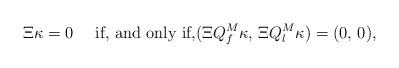
LaTeX: \begin{align*} \Xi\kappa=0 \quad\mbox{ if, and only if,}(\Xi Q^M_f\kappa,\,\Xi Q^M_l\kappa)=(0,\,0),\end{align*}